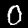
Label: 0